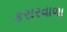
કરારવાળા